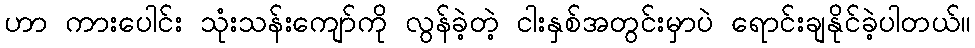
ဟာ ကားပေါင်း သုံးသန်းကျော်ကို လွန်ခဲ့တဲ့ ငါးနှစ်အတွင်းမှာပဲ ရောင်းချနိုင်ခဲ့ပါတယ်။